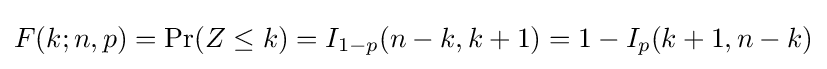
F(k;n,p)=\Pr(Z\leq k)=I_{1-p}(n-k,k+1)=1-I_{p}(k+1,n-k)